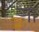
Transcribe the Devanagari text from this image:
र्‍ाा